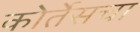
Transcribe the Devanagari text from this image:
कोर्तेसचा